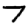
Digit: 7